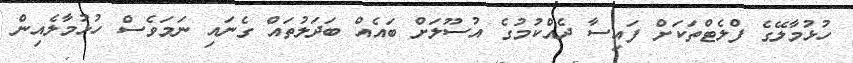
ހުޅުމާލޭގެ ފްލެޓްތަކަށް ފައިސާ ދެއްކުމުގެ އުސޫލަށް ބައެއް ބަދަލުތައް ގެނައި ނަމަވެސް ހުޅުމާލެއިން